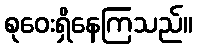
စုဝေးရှိနေကြသည်။